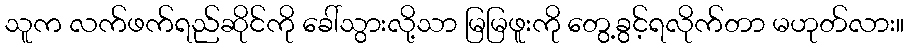
သူက လက်ဖက်ရည်ဆိုင်ကို ခေါ်သွားလို့သာ မြမြဖူးကို တွေ့ခွင့်ရလိုက်တာ မဟုတ်လား။